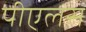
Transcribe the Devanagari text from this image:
पीएलस